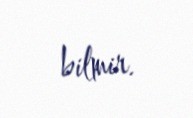
bilmir.